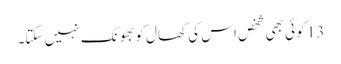
13 کو ئی بھی شخص اس کی کھال کو بھونک نہیں سکتا۔